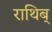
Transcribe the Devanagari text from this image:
राथिब्